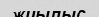
жиылыс